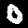
Label: 0